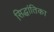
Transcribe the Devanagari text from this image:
सिद्धांतिका